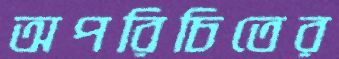
অপরিচিতের